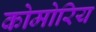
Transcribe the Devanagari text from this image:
कोमोरिय